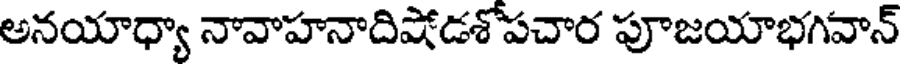
అనయాధ్యా నావాహనాదిషోడశోపచార పూజయాభగవాన్